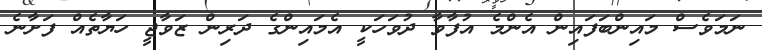
ނަމަވެސް މައިންބަފައިން އެންމެ އުފާވާ ދުވަހަކީ އެމައިންގެ ދަރިން ޒަވާޖީ ހަޔާތެއް ފަށާނެ